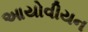
આયોવીયન